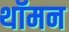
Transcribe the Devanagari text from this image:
थॉमन